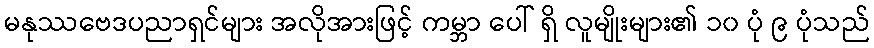
မနုဿဗေဒပညာရှင်များ အလိုအားဖြင့် ကမ္ဘာ ပေါ် ရှိ လူမျိုးများ၏ ၁၀ ပုံ ၉ ပုံသည်